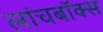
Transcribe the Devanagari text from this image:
लांचबॉक्स